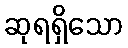
ဆုရရှိသော